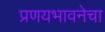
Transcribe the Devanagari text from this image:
प्रणयभावनेचा